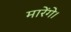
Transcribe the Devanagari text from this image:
मारेंगे।